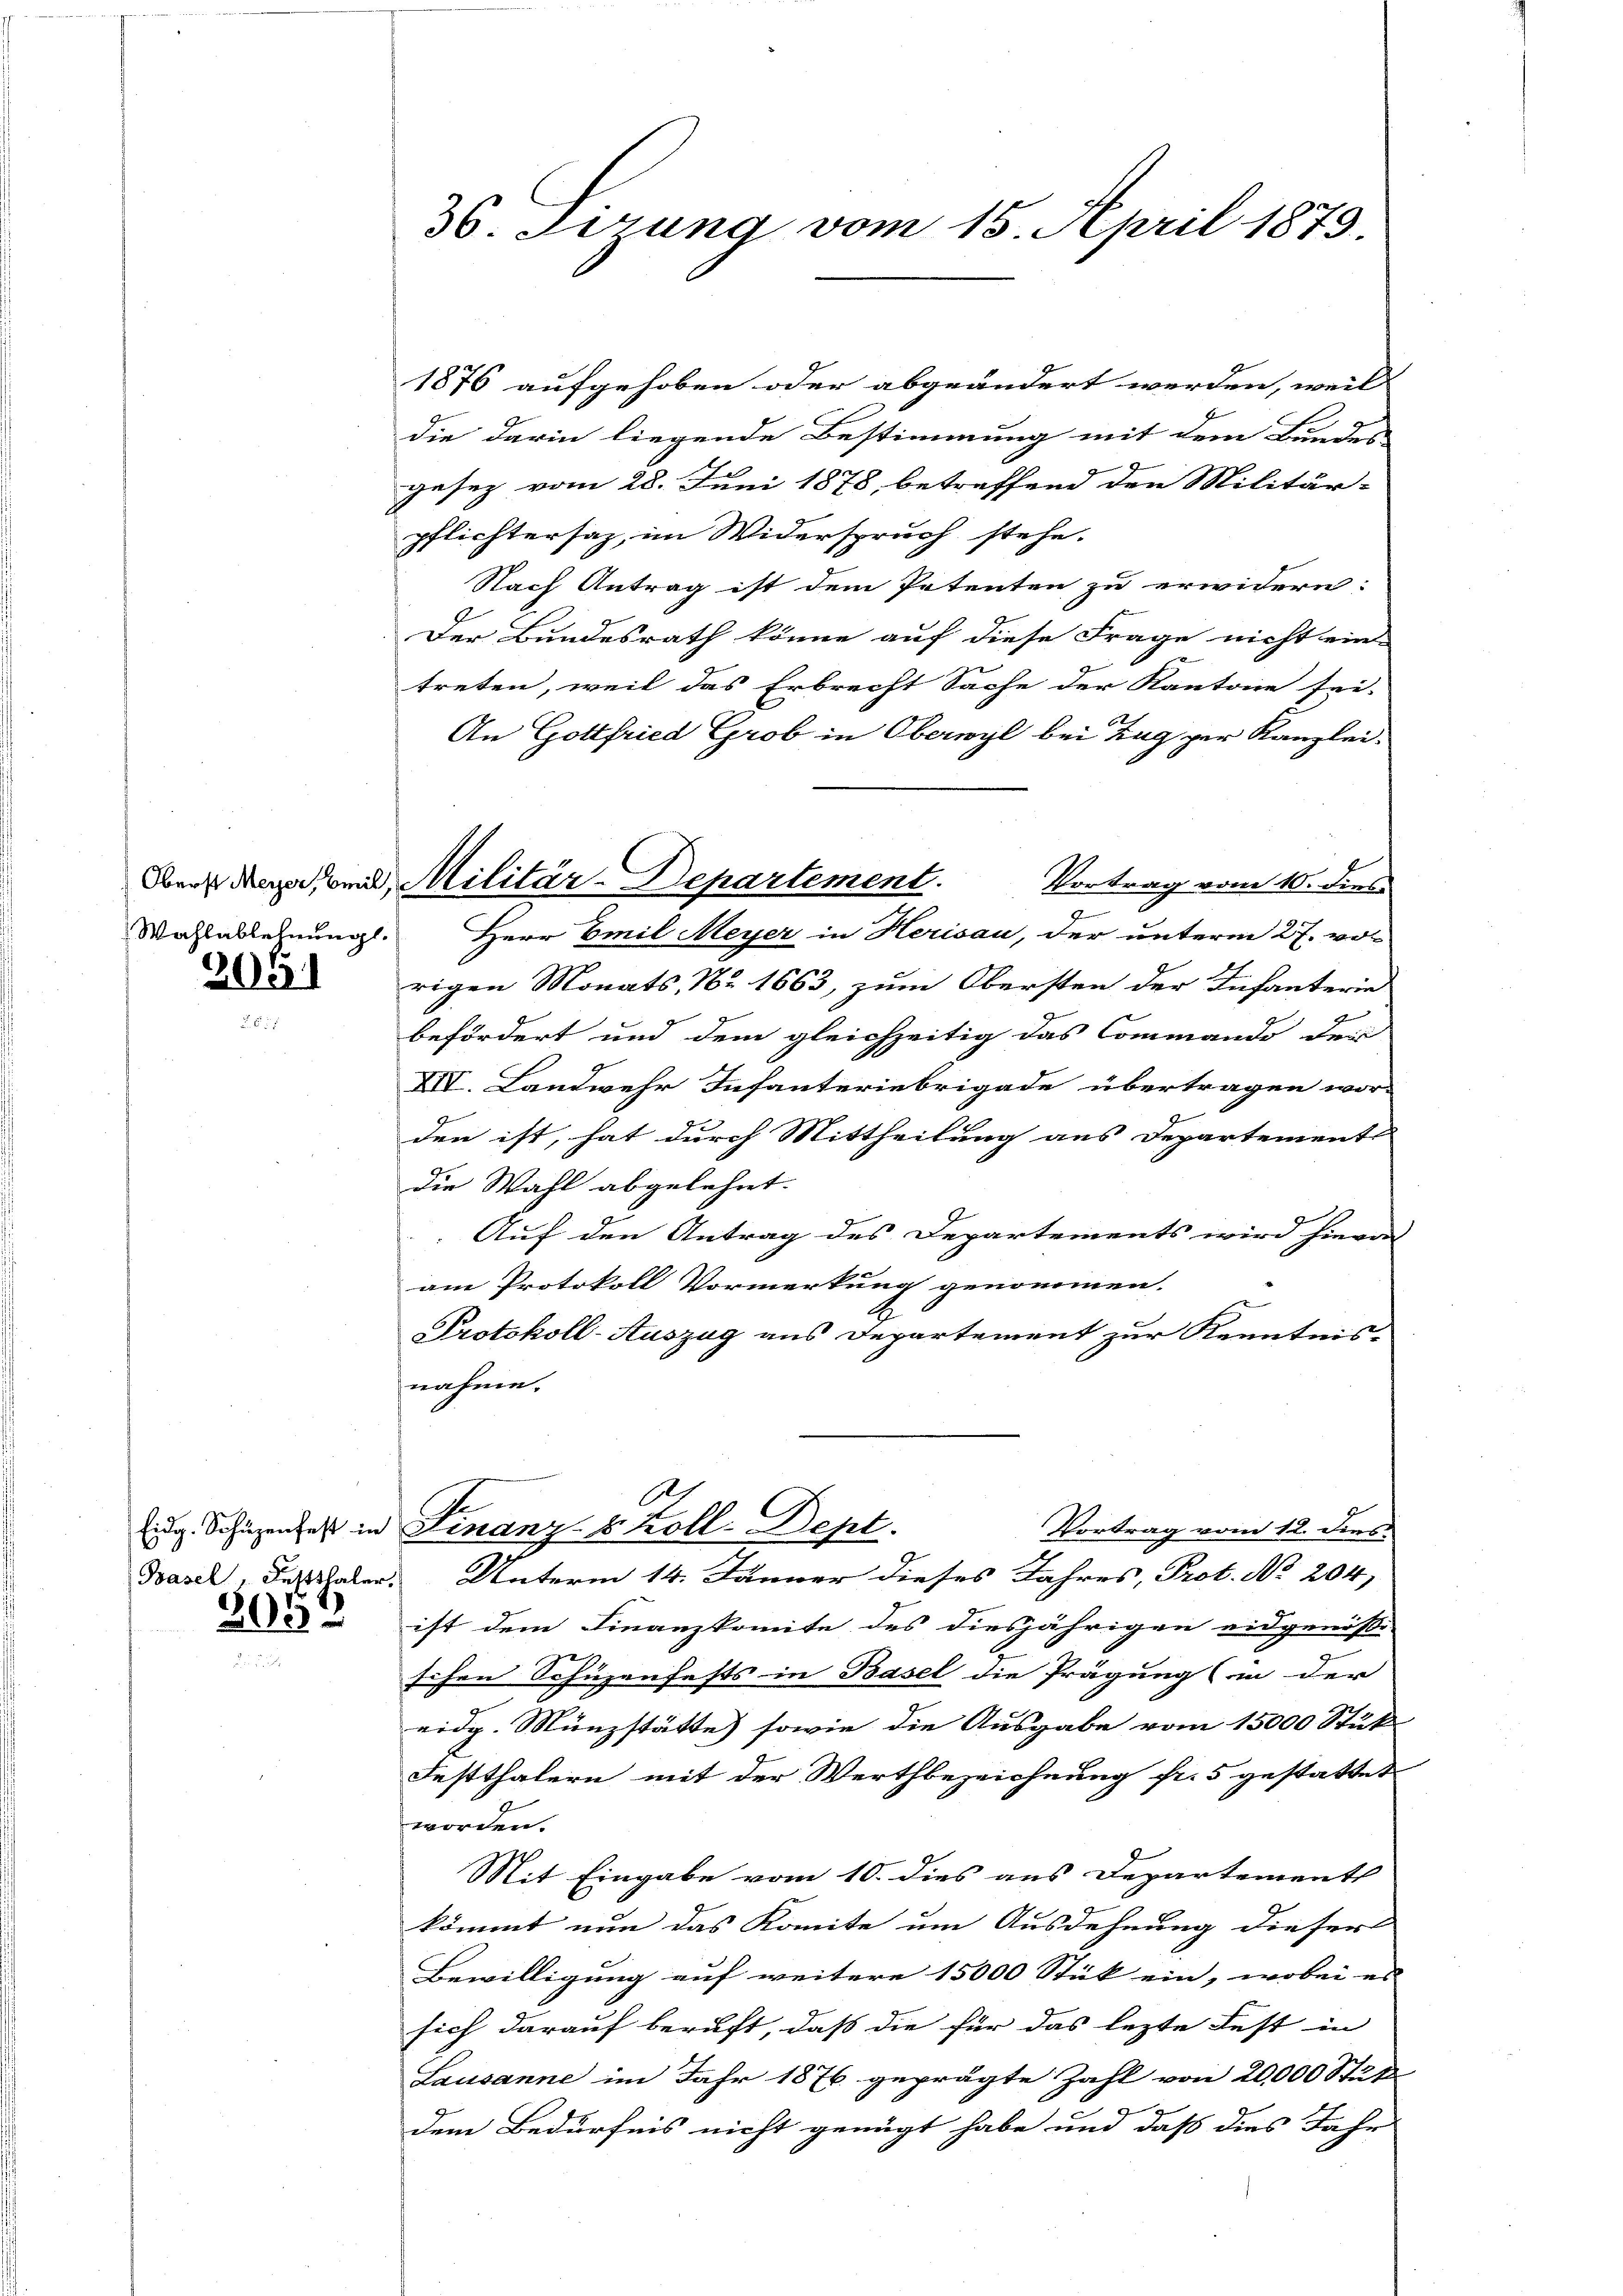
Wahlablehnungl

209

Basel, Festthaler.

2032

36. Ferung vom 15. April 1873.

1876 aufgehoben oder abgeändert werden, weil |
die darin liegende Bestimmung mit dem Bundes-
gesez vom 28. Juni 1878, betreffend den Militär-
pflichtersaz, im Widerspruch stehe.
Nach Antrag ist dem Petenten zu erwidern:
Der Bundesrath könne auf diese Frage nicht ein-
treten, weil das Erbrecht Sache der Kantone sei-
An Gottfried Grob in Oberwyl bei Tag zur Kanzlei-
Vortrag vom 10. dies
Herr Emil Meyer in Herisau, der unterm 27. vor
rigen Monats Nr 1663, zum Obersten der Infanterie
befördert und dem gleichzeitig das Commando der
XIV. Landwehr Infanteriebrigade übertragen wor-
den ist, hat durch Mittheilung aus Departement
die Wahl abgelehnt.
Auf den Antrag des Departements wird hievon
am Protokoll Vormerkung genommen.
Protokoll-Auszug aus Departement zur Kenntnis-
nahme.
A
C
Eidg. Schüzenfest in Finanz- B. Koll-Dept.
Vortrag vom 12. dies
Unterm 14. Jänner dieses Jahres, Prot. No. 204.
ist dem Finanzkomite des diesjährigen eidgenöße-
schen Schüzenfests in Basel die Prägung (in der
eidg. Münzstätte sowie die Ausgabe vom 15000 Stük
Festthalern mit der Werthbezeichnung fr. 5 gestattet
worden.
Mit Eingabe vom 10. dies aus Departementl
kömmt nun das Komite um Ausdehnung dieser
Bewilligung auf weitere 15000 Stück ein, wobei es |
sich darauf beruft, dass die für das lezte Fest in
Lausanne im Jahr 1876 geprägte Zahl von 20000 Stük
dem Bedürfnis nicht genügt habe und daß dies Jahr

Aber den und Militär-Departement.